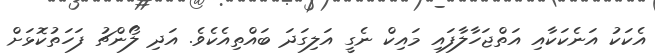
އެކަކު އަނެކަކާއި އަތްޖަހާލާފައި މައިކް ނެގީ އަލިގަދަ ބައްތިއެކެވެ. އަދި ލޯންޗު ފަހަތުކޮޅަށް